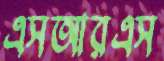
এসআরএস